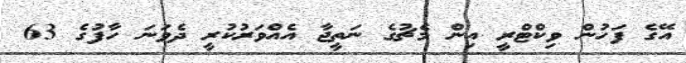
އޭގެ ފަހުން ވިކްޓްރީ އިން މެޗުގެ ނަތީޖާ އެއްވަރުކުރީ ދެވަނަ ހާފުގެ 63